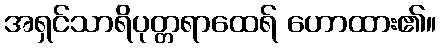
အရှင်သာရိပုတ္တရာထေရ် ဟောထား၏။